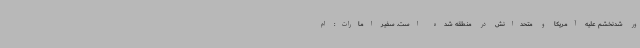
ور شدنخشم علیه آمریکا و متحدانش در منطقه شده است. سفیر امارات: ام